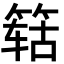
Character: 𬕛